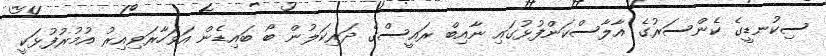
ސިކުނޑީގެ ކެންސަރުގެ އާލާސްކަންފުޅުގައި ނާއިބް ރައީސްގެ ދަރިކަލުން ބޯ ބައިޑެން އަވަހާރަވިއިރު އުމުރުފުޅަކީ